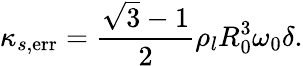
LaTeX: \kappa_{s,\mathrm{err}}=\frac{\sqrt{3}-1}{2}\rho_{l}R_{0}^{3}\omega_{0}\delta.